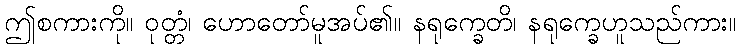
ဤစကားကို။ ဝုတ္တံ၊ ဟောတော်မူအပ်၏။ နရုက္ခေတိ၊ နရုက္ခေဟူသည်ကား။